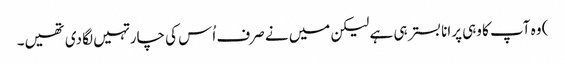
) وہ آپ کا وہی پرانا بستر ہی ہے لیکن میں نے صرف اُس کی چار تہیں لگا دی تھیں۔